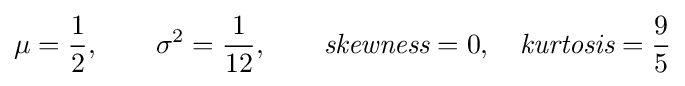
\mu ={\frac {1}{2}},\qquad \sigma ^{2}={\frac {1}{12}},\qquad {\textit {skewness}}=0,\quad {\textit {kurtosis}}={\frac {9}{5}}